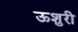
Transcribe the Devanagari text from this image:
ऊशुरी